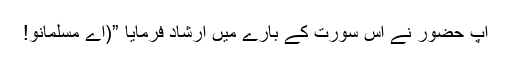
آپ حضورؐ نے اس سورت کے بارے میں ارشاد فرمایا ”(اے مسلمانو!